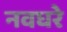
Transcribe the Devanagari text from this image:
नवघरे